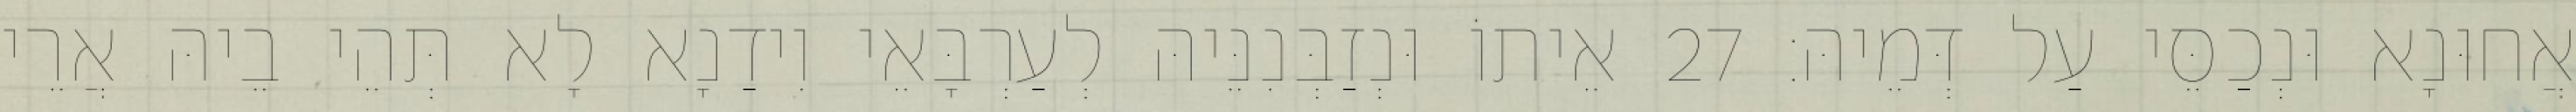
אֲחוּנָא וּנְכַסֵּי עַל דְּמֵיהּ׃ 27 אֵיתוֹ וּנְזַבְּנִנֵּיהּ לְעַרְבָּאֵי וִידַנָא לָא תְּהֵי בֵיהּ אֲרֵי